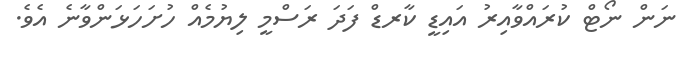
ނަން ނޯޓް ކުރައްވާއިރު އައިޑީ ކާރޑް ފަދަ ރަސްމީ ލިޔުމެއް ހުށަހަޅަންވާނެ އެވެ.